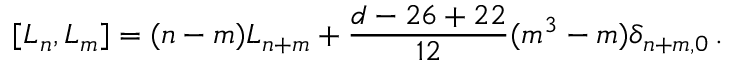
[ L _ { n } , L _ { m } ] = ( n - m ) L _ { n + m } + \frac { d - 2 6 + 2 2 } { 1 2 } ( m ^ { 3 } - m ) \delta _ { n + m , 0 } \, .